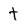
Character: t